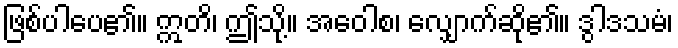
ဖြစ်ပါပေ၏။ ဣတိ၊ ဤသို့။ အဝေါစ၊ လျှောက်ဆို၏။ ဒွါဒသမံ၊